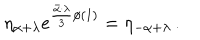
\eta _ { \alpha + \lambda } e ^ { { \frac { \bar { \alpha } \cdot \lambda } { 3 } } \phi ( 1 ) } = \eta _ { - \alpha + \lambda } \, .